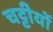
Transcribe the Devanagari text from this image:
चट्टीयों